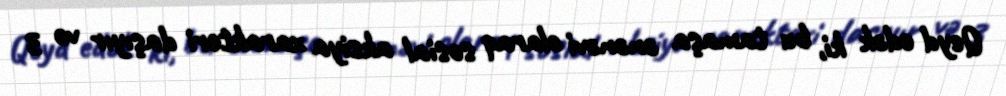
Qeyd edək ki, bu tamaşa ənənəvi olaraq sosial aksiya xarakteri daşıyır və 3